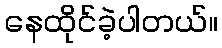
နေထိုင်ခဲ့ပါတယ်။